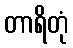
တာရိတုံ